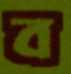
ব